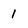
Character: 1